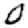
Digit: 0